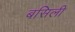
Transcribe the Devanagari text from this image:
बसिली